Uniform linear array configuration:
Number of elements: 4
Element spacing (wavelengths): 0.75
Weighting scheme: uniform
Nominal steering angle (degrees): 60
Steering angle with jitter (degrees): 61.944
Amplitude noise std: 0.05
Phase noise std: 0.05

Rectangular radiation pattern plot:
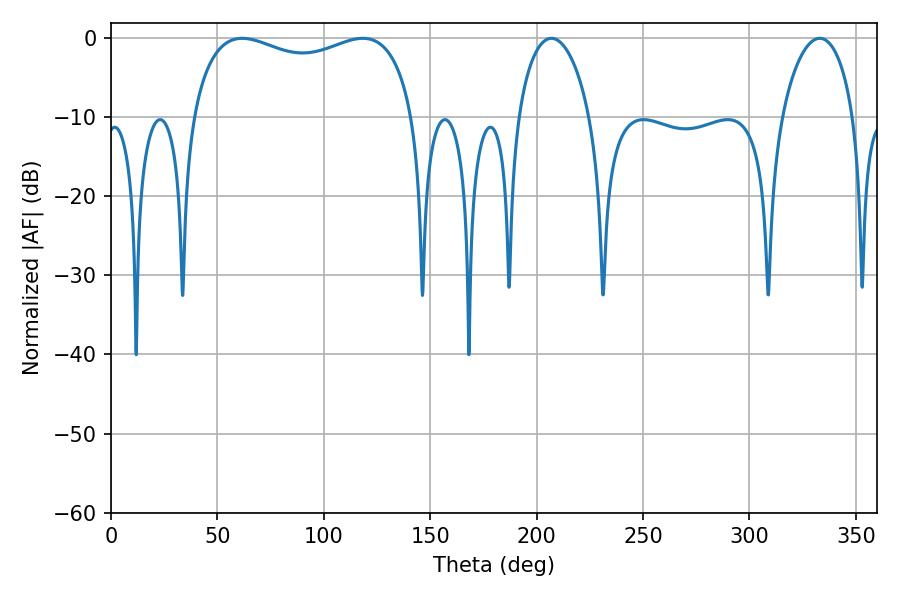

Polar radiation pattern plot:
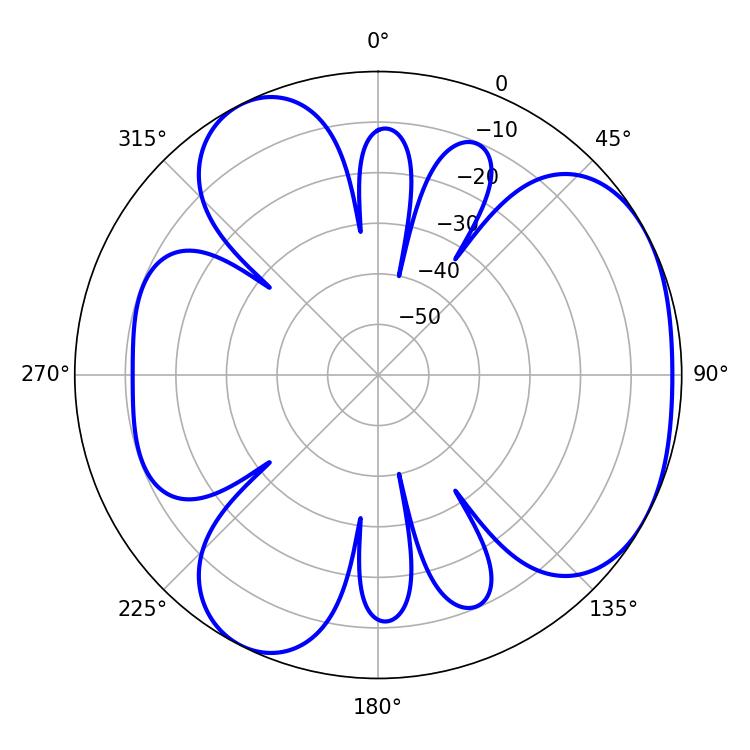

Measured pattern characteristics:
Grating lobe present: TRUE
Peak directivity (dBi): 4.103
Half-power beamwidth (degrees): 86.04
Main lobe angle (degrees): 61.74